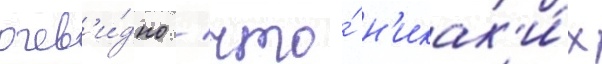
очев'и́дно / что́ н'икак'и́х